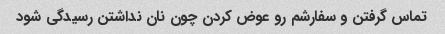
تماس گرفتن و سفارشم رو عوض کردن چون نان نداشتن رسیدگی شود